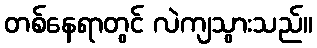
တစ်နေရာတွင် လဲကျသွားသည်။